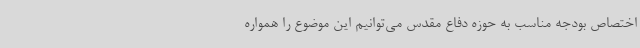
اختصاص بودجه مناسب به حوزه دفاع مقدس می‌توانیم این موضوع را همواره